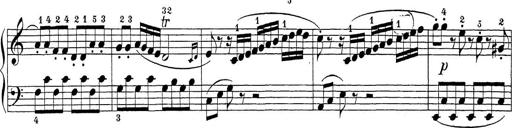
Title: Sonatina Album
Composer: Louis KÃ¶hler